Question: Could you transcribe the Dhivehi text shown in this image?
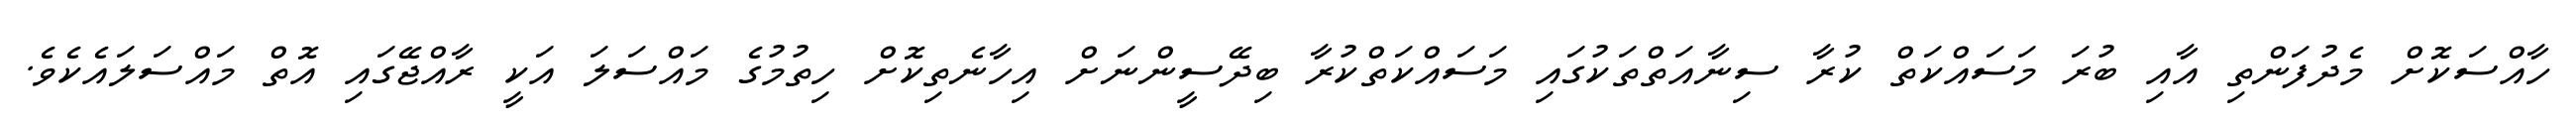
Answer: ހާއްސަކޮށް މެދުފަންތި އާއި ބުރަ މަސައްކަތް ކުރާ ސިނާއަތްތަކުގައި މަސައްކަތްކުރާ ބިދޭސީންނަށް އިހާނެތިކޮށް ހިތުމުގެ މައްސަލަ އަކީ ރާއްޖޭގައި އޮތް މައްސަލައެކެވެ.